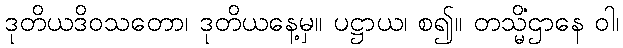
ဒုတိယဒိဝသတော၊ ဒုတိယနေ့မှ။ ပဋ္ဌာယ၊ စ၍။ တသ္မိံဌာနေ ဝါ၊